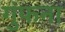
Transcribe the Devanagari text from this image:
गुंफना